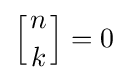
\left[{n \atop k}\right]=0